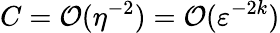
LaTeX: C={\cal{O}}(\eta^{-2})={\cal{O}}(\varepsilon^{-2k})